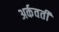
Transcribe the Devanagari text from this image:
अर्कवती